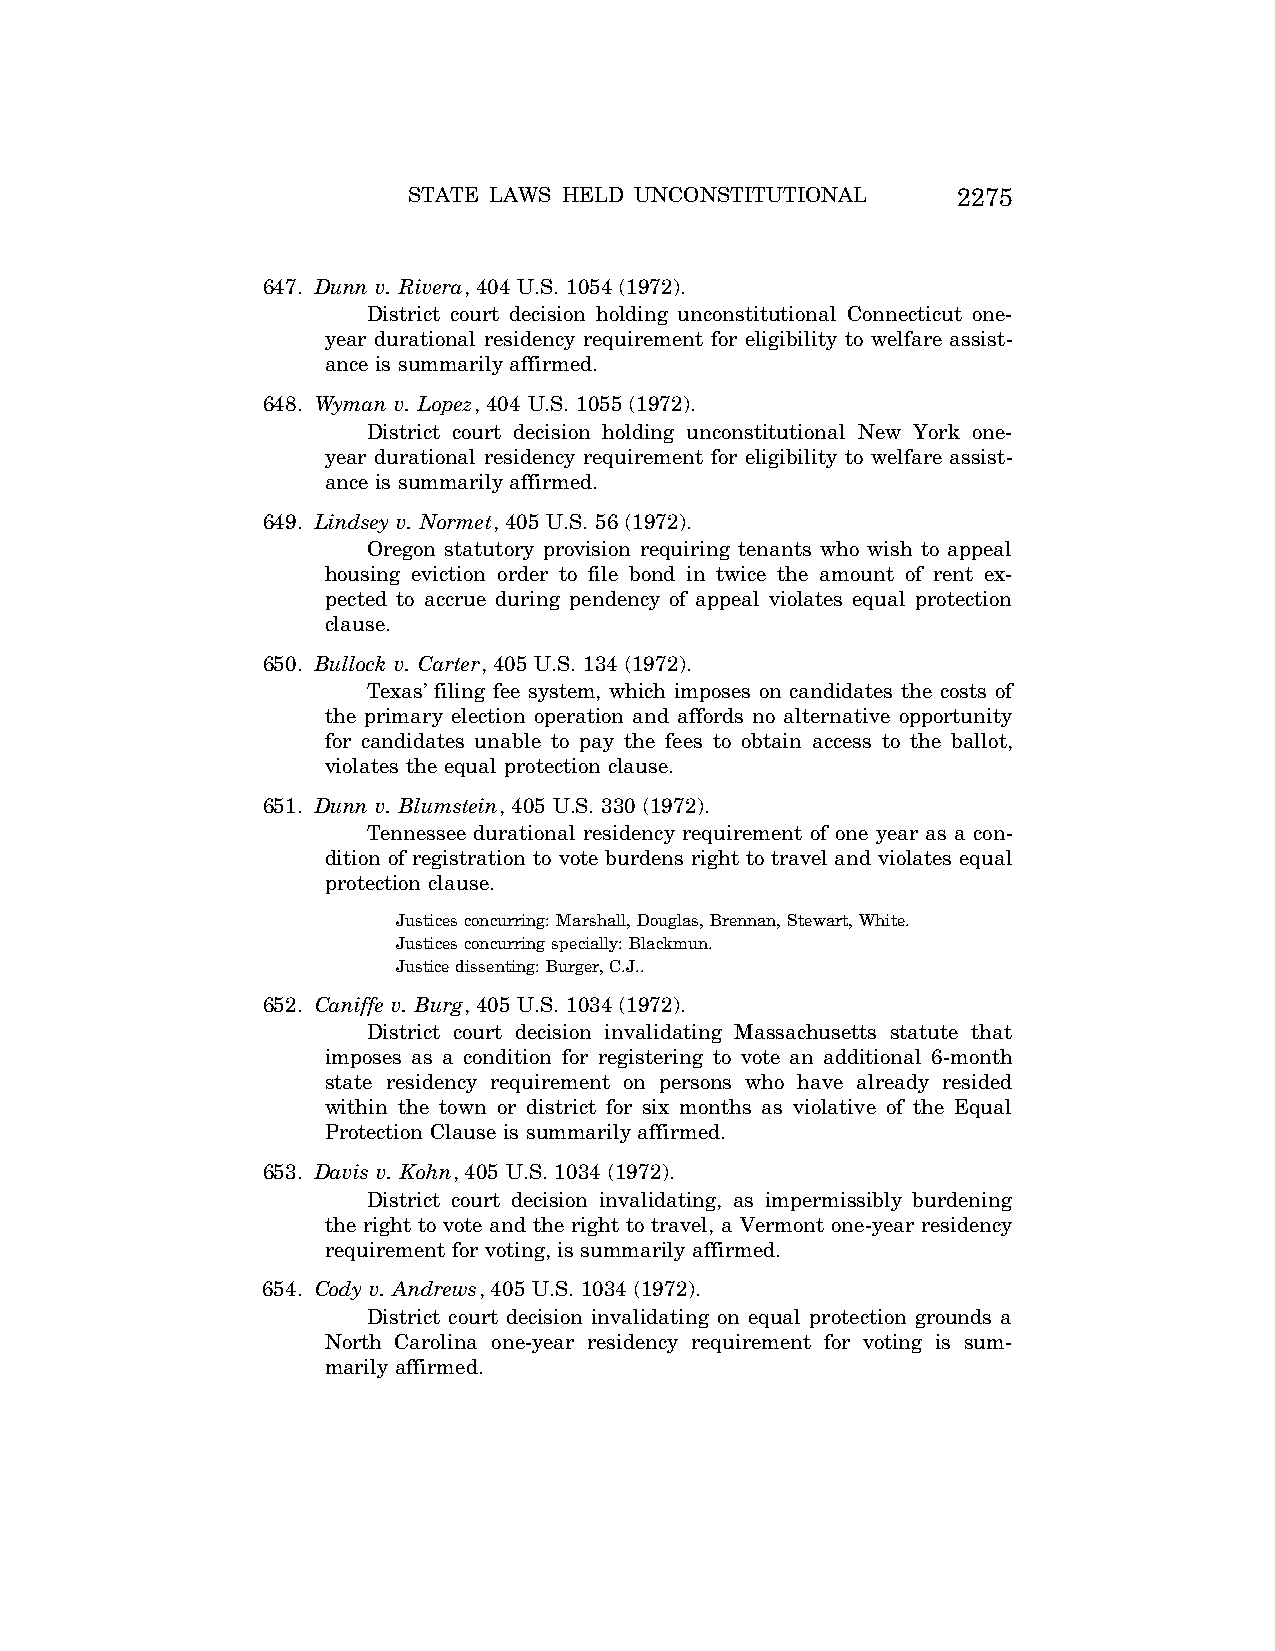
STATE LAWS HELD UNCONSTITUTIONAL    2275
 647. Dunn v. Rivera, 404 U.S. 1054 (1972).
 District court decision holding unconstitutional Connecticut one-
 year durational residency requirement for eligibility to welfare assist-
 ance is summarily affirmed.
 648. Wyman v. Lopez, 404 U.S. 1055 (1972).
 District court decision holding unconstitutional New York one-
 year durational residency requirement for eligibility to welfare assist-
 ance is summarily affirmed.
 649. Lindsey v. Normet, 405 U.S. 56 (1972).
 Oregon statutory provision requiring tenants who wish to appeal
 housing eviction order to file bond in twice the amount of rent ex-
 pected to accrue during pendency of appeal violates equal protection
 clause.
 650. Bullock v. Carter, 405 U.S. 134 (1972).
 Texas’ filing fee system, which imposes on candidates the costs of
 the primary election operation and affords no alternative opportunity
 for candidates unable to pay the fees to obtain access to the ballot,
 violates the equal protection clause.
 651. Dunn v. Blumstein, 405 U.S. 330 (1972).
 Tennessee durational residency requirement of one year as a con-
 dition of registration to vote burdens right to travel and violates equal
 protection clause.
 Justices concurring: Marshall, Douglas, Brennan, Stewart, White.
 Justices concurring specially: Blackmun.
 Justice dissenting: Burger, C.J..
 652. Caniffe v. Burg, 405 U.S. 1034 (1972).
 District court decision invalidating Massachusetts statute that
 imposes as a condition for registering to vote an additional 6-month
 state residency requirement on persons who have already resided
 within the town or district for six months as violative of the Equal
 Protection Clause is summarily affirmed.
 653. Davis v. Kohn, 405 U.S. 1034 (1972).
 District court decision invalidating, as impermissibly burdening
 the right to vote and the right to travel, a Vermont one-year residency
 requirement for voting, is summarily affirmed.
 654. Cody v. Andrews, 405 U.S. 1034 (1972).
 District court decision invalidating on equal protection grounds a
 North Carolina one-year residency requirement for voting is sum-
 marily affirmed.
 VerDate Aug<04>2004 12:57 Aug 23, 2004 Jkt 077500 PO 00000 Frm 00115 Fmt 8222 Sfmt 8222 C:\CONAN\CON064.SGM PRFM99 PsN: CON064